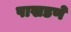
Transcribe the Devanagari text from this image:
पाखडणे